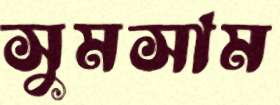
সুমসাম